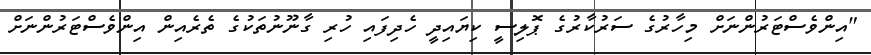
"އިންވެސްޓަރުންނަށް މިހާރުގެ ސަރުކާރުގެ ޕޮލިސީ ކިޔައިދީ ހެދިފައި ހުރި ގާނޫނުތަކުގެ ތެރެއިން އިންވެސްޓަރުންނަށް